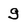
Character: g